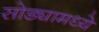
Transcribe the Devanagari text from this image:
सोड्यामध्ये